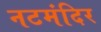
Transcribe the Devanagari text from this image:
नटमंदिर